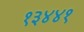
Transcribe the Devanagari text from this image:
१३४४१